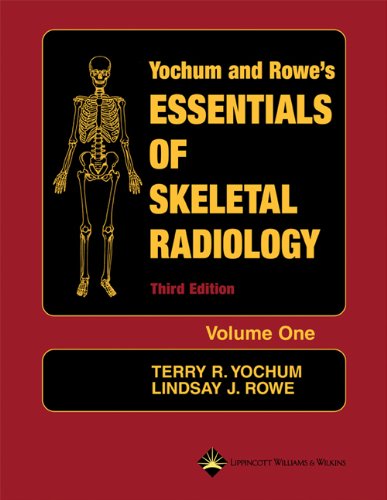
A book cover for Essentials of Skeletal Radiology (2 Vol. Set); Medical Books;